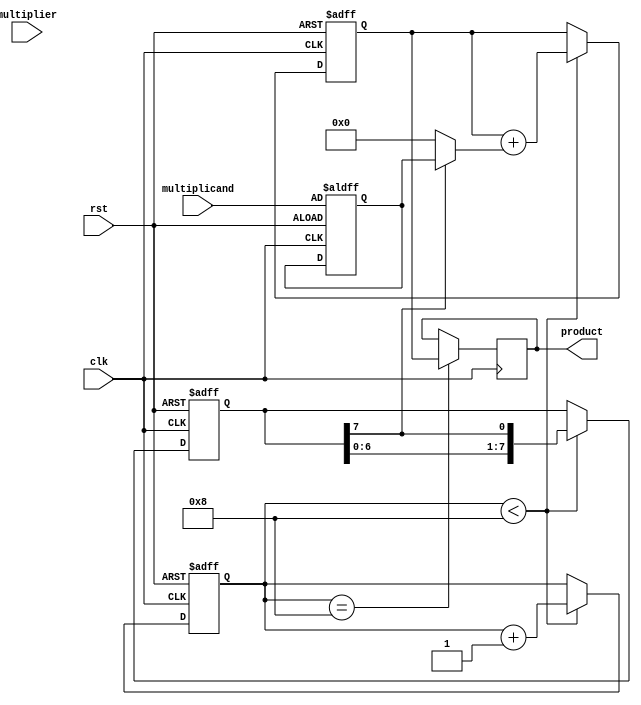
module shift_and_add_multiplier (
    input wire clk,
    input wire rst,
    input wire [7:0] multiplicand,
    input wire [7:0] multiplier,
    output reg [15:0] product
);

reg [7:0] multiplier_shift_reg;
reg [7:0] multiplicand_shift_reg;
reg [15:0] partial_product;
reg [3:0] shift_count;

always @(posedge clk or posedge rst) begin
    if (rst) begin
        multiplier_shift_reg <= 8'b0;
        multiplicand_shift_reg <= multiplicand;
        partial_product <= 16'b0;
        shift_count <= 4'b0;
    end else begin
        if (shift_count < 8) begin
            multiplier_shift_reg <= {multiplier_shift_reg[6:0], multiplier_shift_reg[7]};
            partial_product <= partial_product + (multiplier_shift_reg[7] ? multiplicand_shift_reg : 8'b0);
            shift_count <= shift_count + 1;
        end
    end
end

always @(posedge clk) begin
    if (shift_count == 8) begin
        product <= partial_product;
    end
end

endmodule